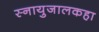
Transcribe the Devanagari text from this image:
स्नायुजालकहा